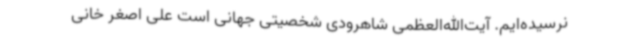
نرسیده‌ایم. آیت‌الله‌العظمی شاهرودی شخصیتی جهانی است علی اصغر خانی